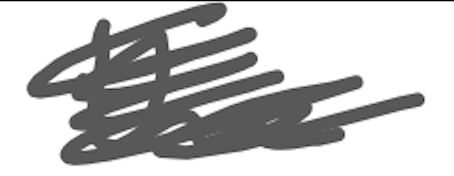
Text: the
Cross-out: mix
Writing tool: digital_gray